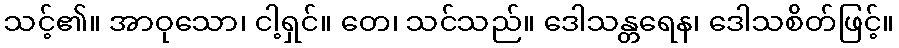
သင့်၏။ အာဝုသော၊ ငါ့ရှင်။ တေ၊ သင်သည်။ ဒေါသန္တရေန၊ ဒေါသစိတ်ဖြင့်။